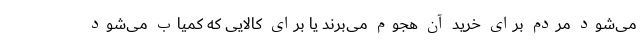
می‌شود مردم برای خرید آن هجوم می‌برند یا برای کالایی که کمیاب می‌شود